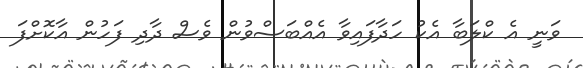
ވަނީ އެ ކްލަބާ އެކު ހަދާފައިވާ އެއްބަސްވުން ވެސް ދާދި ފަހުން އާކޮށްފަ